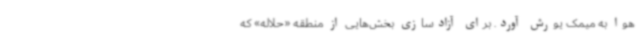
هوا به میمک یورش آورد. برای آزادسازی بخش‌هایی از منطقه «حلاله» که